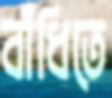
বাঁধিতে